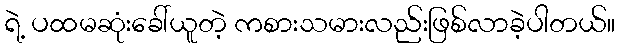
ရဲ့ ပထမဆုံးခေါ်ယူတဲ့ ကစားသမားလည်းဖြစ်လာခဲ့ပါတယ်။